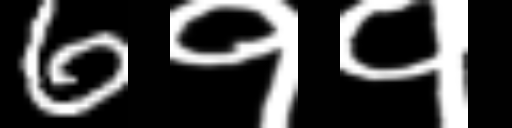
Text: 6११